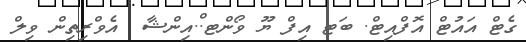
ގެޓް އައުޓް އޮފްއިޓް. ބަޓ އިފް ޔޫ ވޯންޓ.ް.އިންޝާ  އެވްރިތިން ވިލް